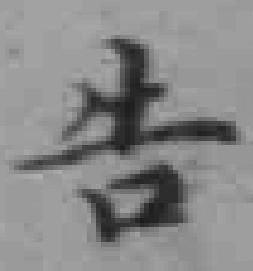
告